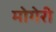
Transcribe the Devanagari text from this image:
मोगेरी